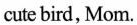
cute bird, Mom.